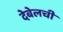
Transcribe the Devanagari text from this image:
देबेलची